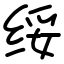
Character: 绥